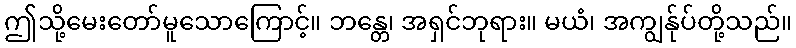
ဤသို့မေးတော်မူသောကြောင့်။ ဘန္တေ၊ အရှင်ဘုရား။ မယံ၊ အကျွန်ုပ်တို့သည်။